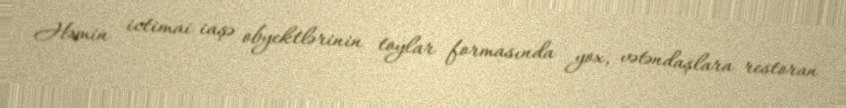
Həmin ictimai iaşə obyektlərinin toylar formasında yox, vətəndaşlara restoran